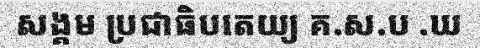
សង្គម ប្រជាធិបតេយ្យ គ.ស.ប .ឃ